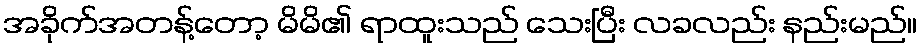
အခိုက်အတန့်တော့ မိမိ၏ ရာထူးသည် သေးပြီး လခလည်း နည်းမည်။